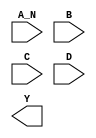
module sky130_fd_sc_hdll__nand4b (
    //# {{data|Data Signals}}
    input  A_N,
    input  B  ,
    input  C  ,
    input  D  ,
    output Y
);

    // Voltage supply signals
    supply1 VPWR;
    supply0 VGND;
    supply1 VPB ;
    supply0 VNB ;

endmodule